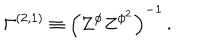
{ \Gamma } ^ { ( 2 , 1 ) } \equiv \left( Z ^ { \phi } Z ^ { \phi ^ { 2 } } \right) ^ { - 1 } \, .